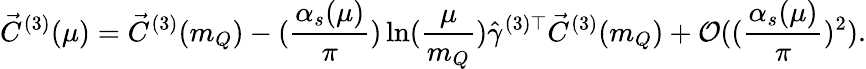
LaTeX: \vec{C}^{(3)}(\mu)=\vec{C}^{(3)}(m_{Q})-(\frac{\alpha_{s}(\mu)}{\pi})\ln(\frac{\mu}{m_{Q}})\hat{\gamma}^{(3)\top}\vec{C}^{(3)}(m_{Q})+\mathcal O((\frac{\alpha_{s}(\mu)}{\pi})^{2}).